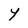
Character: Y